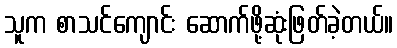
သူက စာသင်ကျောင်း ဆောက်ဖို့ဆုံးဖြတ်ခဲ့တယ်။